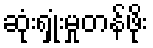
ဆုံးရှုံးမှုတန်ဖိုး